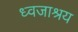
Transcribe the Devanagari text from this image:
ध्वजाश्रय